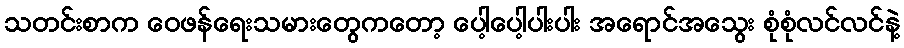
သတင်းစာက ဝေဖန်ရေးသမားတွေကတော့ ပေါ့ပေါ့ပါးပါး အရောင်အသွေး စုံစုံလင်လင်နဲ့